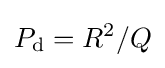
P_{\rm {d}}=R^{2}/Q